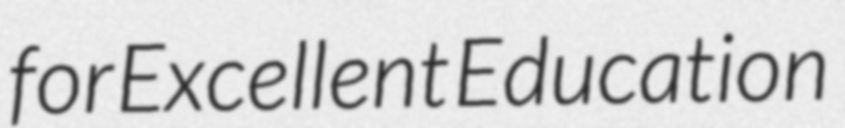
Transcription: for Excellent Education